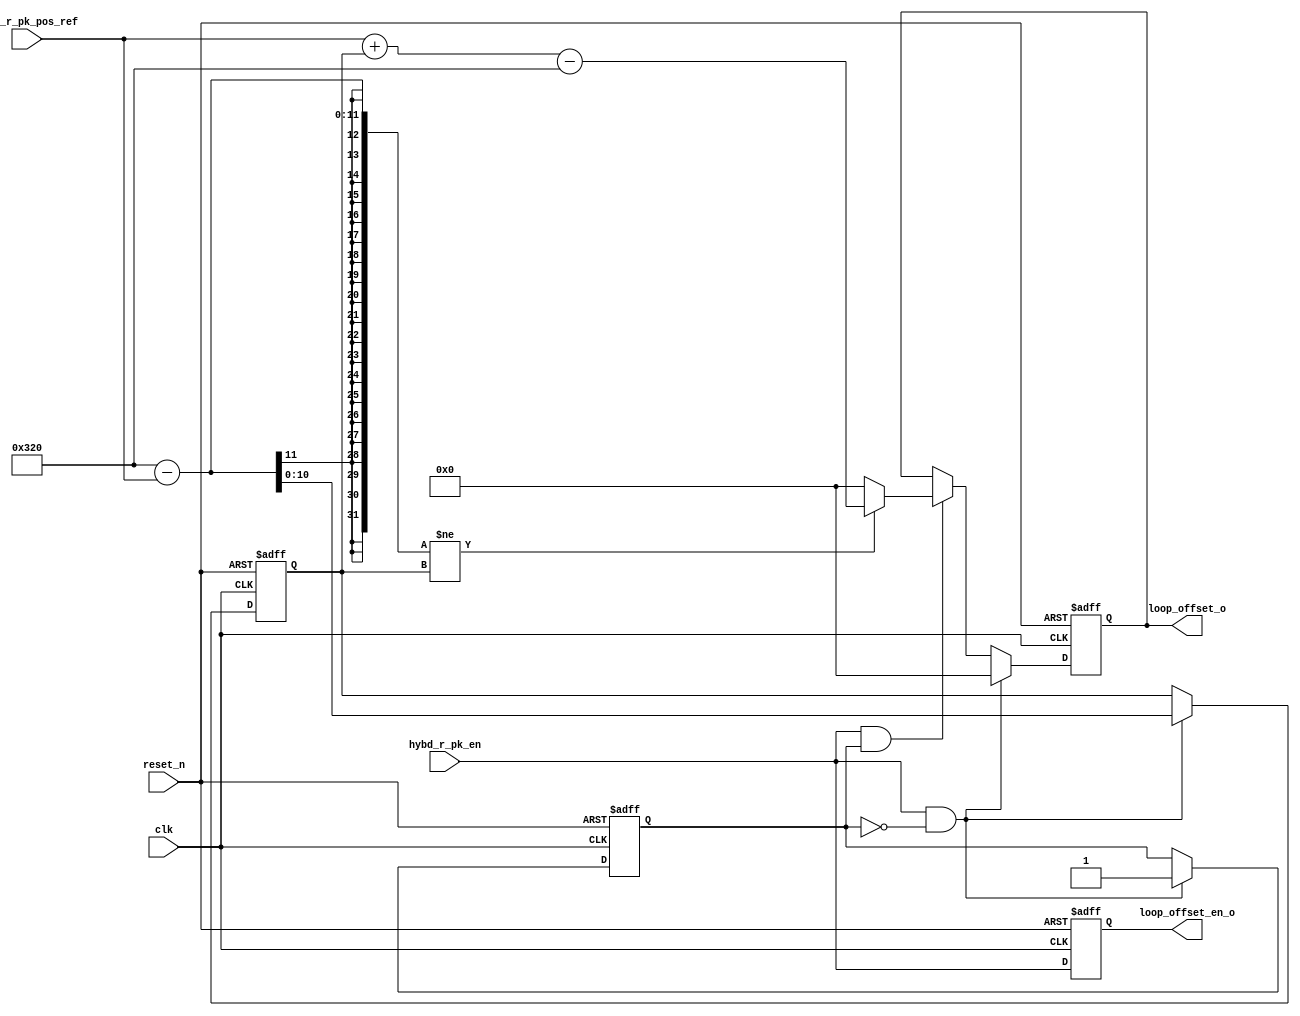
`timescale 1 ps/1 ps
module fifo_loop #( parameter DATA_W 		  = 16,
					parameter LOG2_MEM_DEPTH  = 8,
					parameter LOG2_NUM_OF_MEM = 3,
					parameter ECG_WINDOW	  = 800
					)
				  ( input 						clk, 
												reset_n,  
												hybd_r_pk_en,
					input   	[LOG2_MEM_DEPTH+LOG2_NUM_OF_MEM-1:0]	hybd_r_pk_pos_ref,
					output reg											loop_offset_en_o,
					output  	[LOG2_MEM_DEPTH+LOG2_NUM_OF_MEM-1:0]	loop_offset_o					
					);

reg [LOG2_MEM_DEPTH+LOG2_NUM_OF_MEM-1:0]  hybd_r_pk_cntr, 
										 loop_offset_start,
										 loop_offset_end,
										 loop_delta;	
										 
reg seen_first_r_pk;

assign loop_offset_o   = loop_offset_start; 

//delayed en
always@(posedge clk or negedge reset_n)
if (!reset_n)
	loop_offset_en_o <= 1'b0;
else 
	loop_offset_en_o <= hybd_r_pk_en;

// main loop
always@(posedge clk or negedge reset_n)
if (!reset_n) begin
	loop_offset_start <= 0;
	loop_delta 		  <= 0; 
	seen_first_r_pk   <= 1'b0; end 
else if (hybd_r_pk_en && !seen_first_r_pk) begin
	loop_offset_start <= 0;
	loop_delta 		  <= ECG_WINDOW - hybd_r_pk_pos_ref; 
	seen_first_r_pk   <= 1'b1; end
else if (hybd_r_pk_en && seen_first_r_pk)
	loop_offset_start <= (ECG_WINDOW - hybd_r_pk_pos_ref != loop_delta) ? hybd_r_pk_pos_ref + loop_delta - ECG_WINDOW : 0;

endmodule